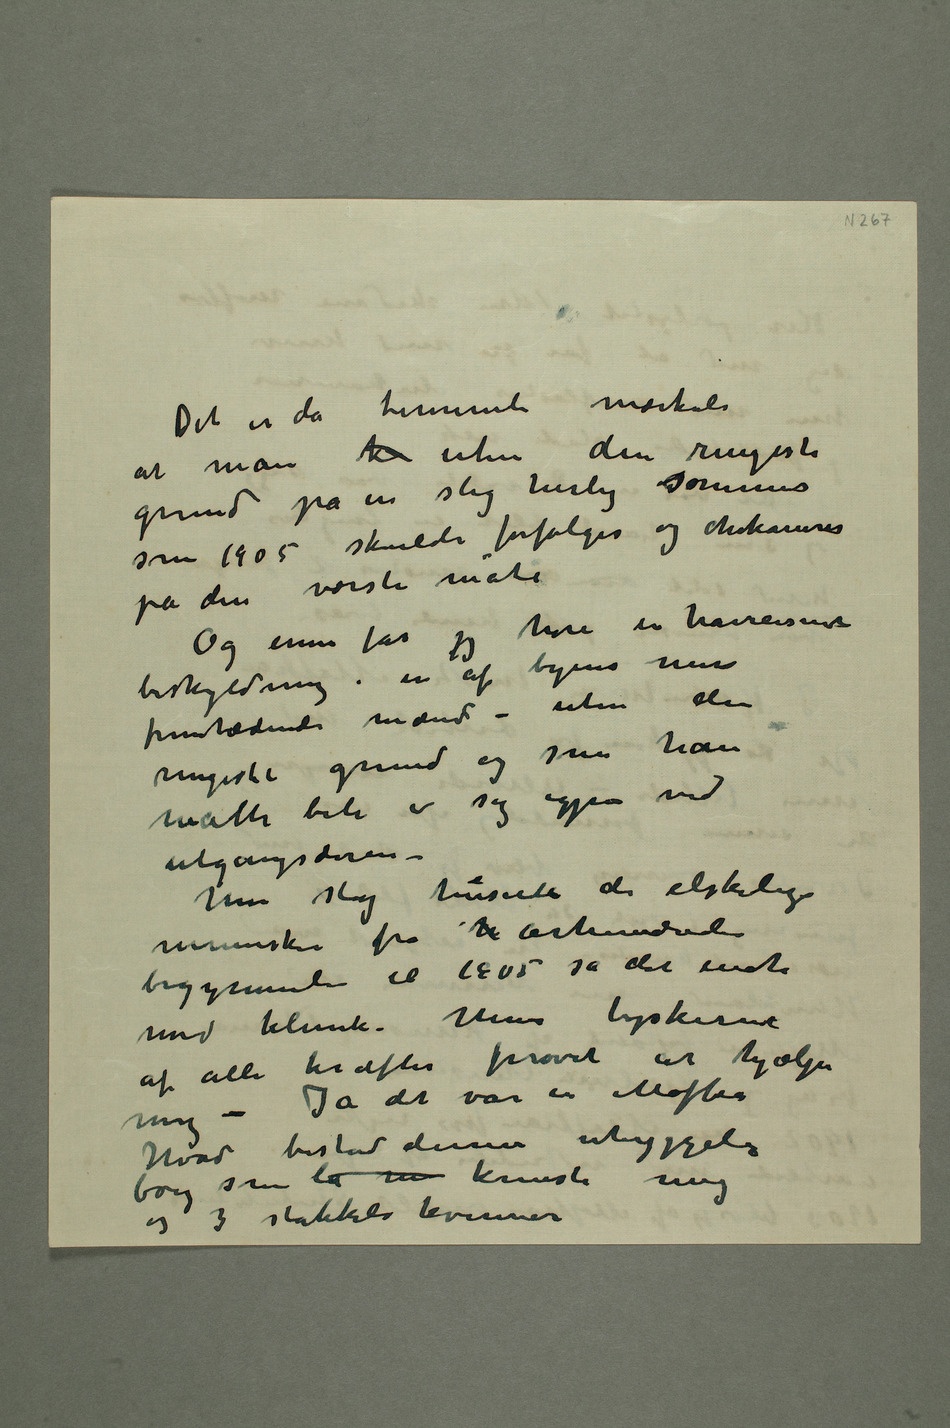
Det er da temmeli mærkeli at
grund på en slig herlig sommer
som 1905 skulde forfølges og chikaneres
på den værste måte
Og ennu får jeg høre en hårreisende
beskyldning i en af byens mest
fremtrædende mænd – uten den
ringeste grund og som han
måtte bite i sig igjen ved
utgangsdøren –
Men slig huserte de elskelige
mennesker fra h århundredes
begynnelse til 1905 da det endte
med klink. Mens tyskerne
af alle kræfter prøvet at hjælpe mig
Hvad bistod denne uhyggelige